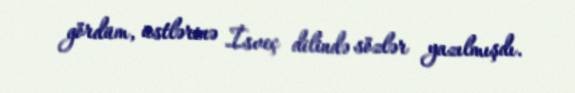
gördüm, üstlərinə İsveç dilində sözlər yazılmışdı.